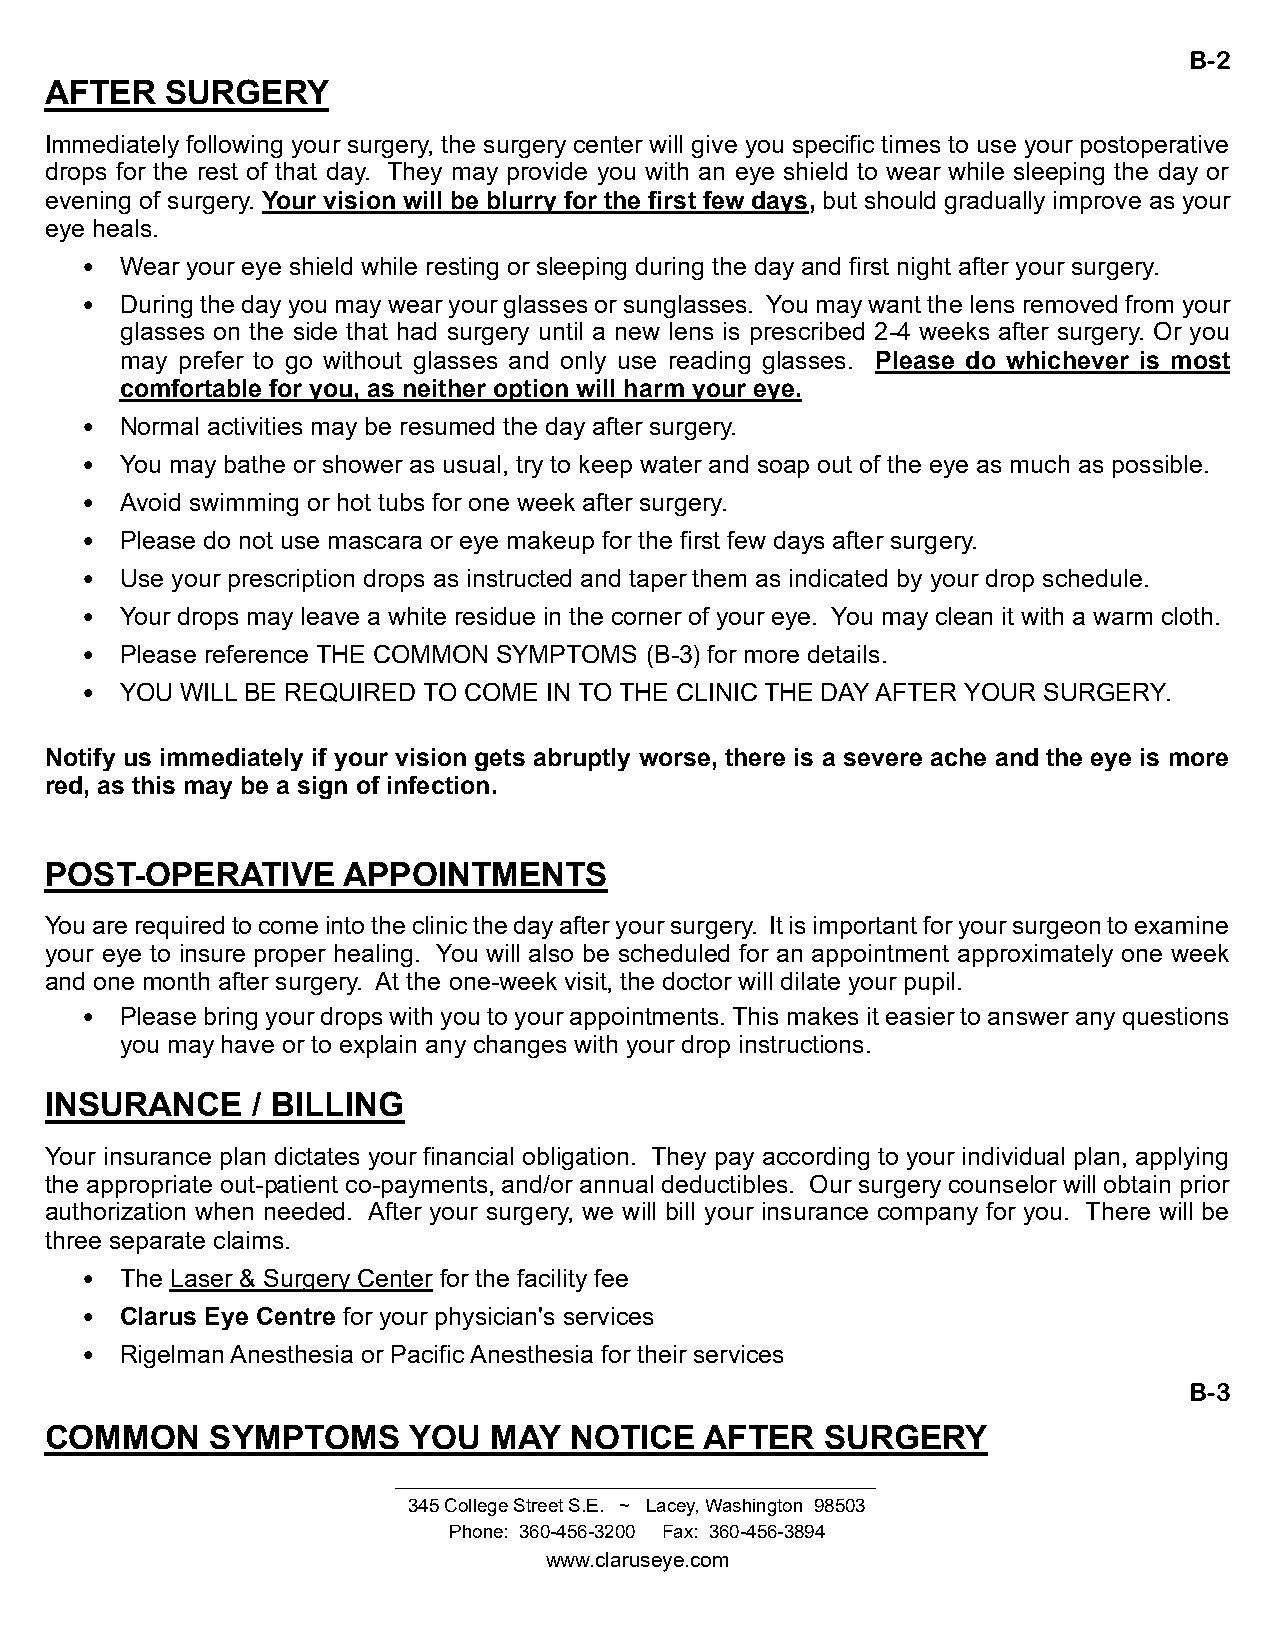
B-2
 AFTER   SURGERY
 Immediately following your surgery, the surgery center will give you specific times to use your postoperative
 drops for the rest of that day. They may provide you with an eye shield to wear while sleeping the day or
 evening of surgery. Your vision will be blurry for the first few days, but should gradually improve as your
 eye heals.
 •  Wear your eye shield while resting or sleeping during the day and first night after your surgery.
 •  During the day you may wear your glasses or sunglasses. You may want the lens removed from your
 glasses on the side that had surgery until a new lens is prescribed 2-4 weeks after surgery. Or you
 may prefer to go without glasses and only use reading glasses. Please do whichever is most
 comfortable for you, as neither option will harm your eye.
 •  Normal activities may be resumed the day after surgery.
 •  You may bathe or shower as usual, try to keep water and soap out of the eye as much as possible.
 •  Avoid swimming or hot tubs for one week after surgery.
 •  Please do not use mascara or eye makeup for the first few days after surgery.
 •  Use your prescription drops as instructed and taper them as indicated by your drop schedule.
 •  Your drops may leave a white residue in the corner of your eye. You may clean it with a warm cloth.
 •  Please reference THE COMMON SYMPTOMS (B-3) for more details.
 •  YOU WILL BE REQUIRED TO COME IN TO THE CLINIC THE DAY AFTER YOUR SURGERY.
 Notify us immediately if your vision gets abruptly worse, there is a severe ache and the eye is more
 red, as this may be a sign of infection.
 POST-OPERATIVE      APPOINTMENTS
 You are required to come into the clinic the day after your surgery. It is important for your surgeon to examine
 your eye to insure proper healing. You will also be scheduled for an appointment approximately one week
 and one month after surgery. At the one-week visit, the doctor will dilate your pupil.
 •  Please bring your drops with you to your appointments. This makes it easier to answer any questions
 you may have or to explain any changes with your drop instructions.
 INSURANCE     / BILLING
 Your insurance plan dictates your financial obligation. They pay according to your individual plan, applying
 the appropriate out-patient co-payments, and/or annual deductibles. Our surgery counselor will obtain prior
 authorization when needed. After your surgery, we will bill your insurance company for you. There will be
 three separate claims.
 •  The Laser & Surgery Center for the facility fee
 •  Clarus Eye Centre for your physician's services
 •  Rigelman Anesthesia or Pacific Anesthesia for their services
 B-3
 COMMON     SYMPTOMS     YOU  MAY   NOTICE   AFTER   SURGERY
 345 College Street S.E. ~ Lacey, Washington 98503
 Phone: 360-456-3200 Fax: 360-456-3894
 www.claruseye.com